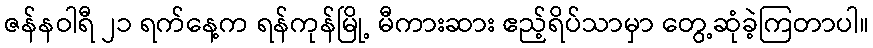
ဇန်နဝါရီ ၂၁ ရက်နေ့က ရန်ကုန်မြို့ မီကားဆား ဧည့်ရိပ်သာမှာ တွေ့ဆုံခဲ့ကြတာပါ။